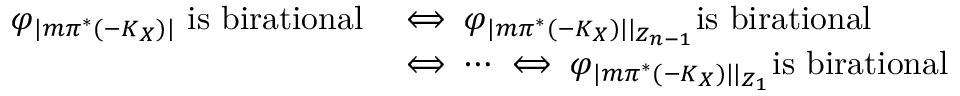
\begin{array} { r l } { \varphi _ { | m { \pi ^ { * } ( - K _ { X } ) } | } \mathrm { ~ i s ~ b i r a t i o n a l } } & { \iff \varphi _ { | m { \pi ^ { * } ( - K _ { X } ) } | | _ { Z _ { n - 1 } } } \mathrm { i s ~ b i r a t i o n a l } } \\ & { \iff \cdots \iff \varphi _ { | m { \pi ^ { * } ( - K _ { X } ) } | | _ { Z _ { 1 } } } \mathrm { i s ~ b i r a t i o n a l } } \end{array}